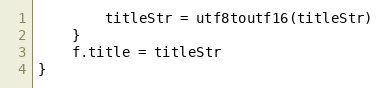
Language: Go
		titleStr = utf8toutf16(titleStr)
	}
	f.title = titleStr
}